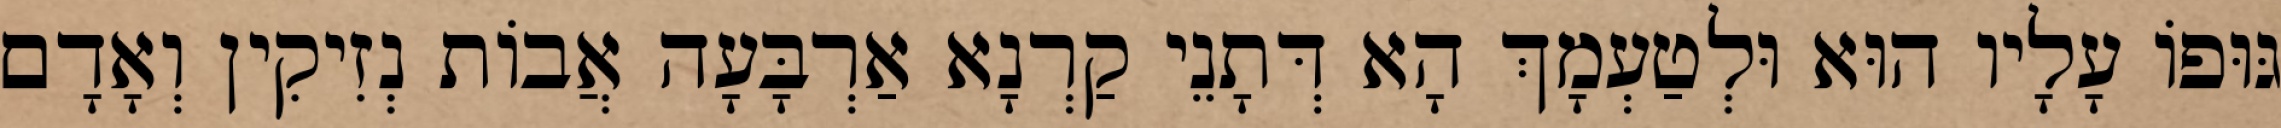
גּוּפוֹ עָלָיו הוּא וּלְטַעְמָךְ הָא דְּתָנֵי קַרְנָא אַרְבָּעָה אֲבוֹת נְזִיקִין וְאָדָם